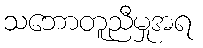
သဘောတူညီမှုအရ